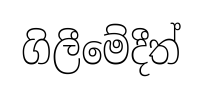
ගිලීමේදීත්